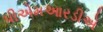
પીએમઆરડીએ